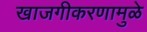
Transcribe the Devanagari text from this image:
खाजगीकरणामुळे